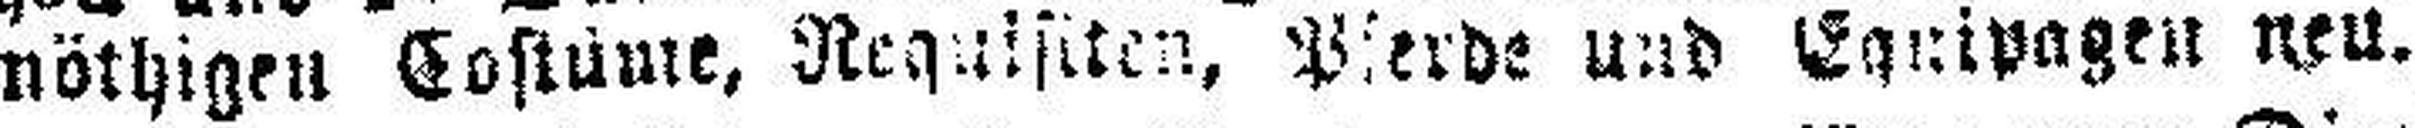
nöthigen Costume, Requisiten, P###erde und Equipagen neu.